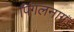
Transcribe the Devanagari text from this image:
पिंगलनाग